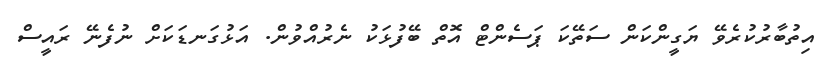
އިތުބާރުކުރެވޭ ޔަގީންކަން ސަތޭކަ ޕަސެންޓް އޮތް ބޭފުޅަކު ނެރުއްވުން. އަޅުގަނޑަކަށް ނުފެނޭ ރައީސް